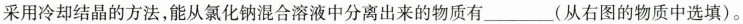
采用冷却结晶的方法，能从氯化钠混合溶液中分离出来的物质有___(从右图的物质中选填)。